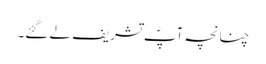
چنانچہ آپؐ تشریف لے گئے۔